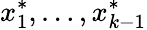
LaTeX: x_{1}^{*},\ldots,x_{k-1}^{*}